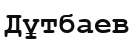
Дұтбаев